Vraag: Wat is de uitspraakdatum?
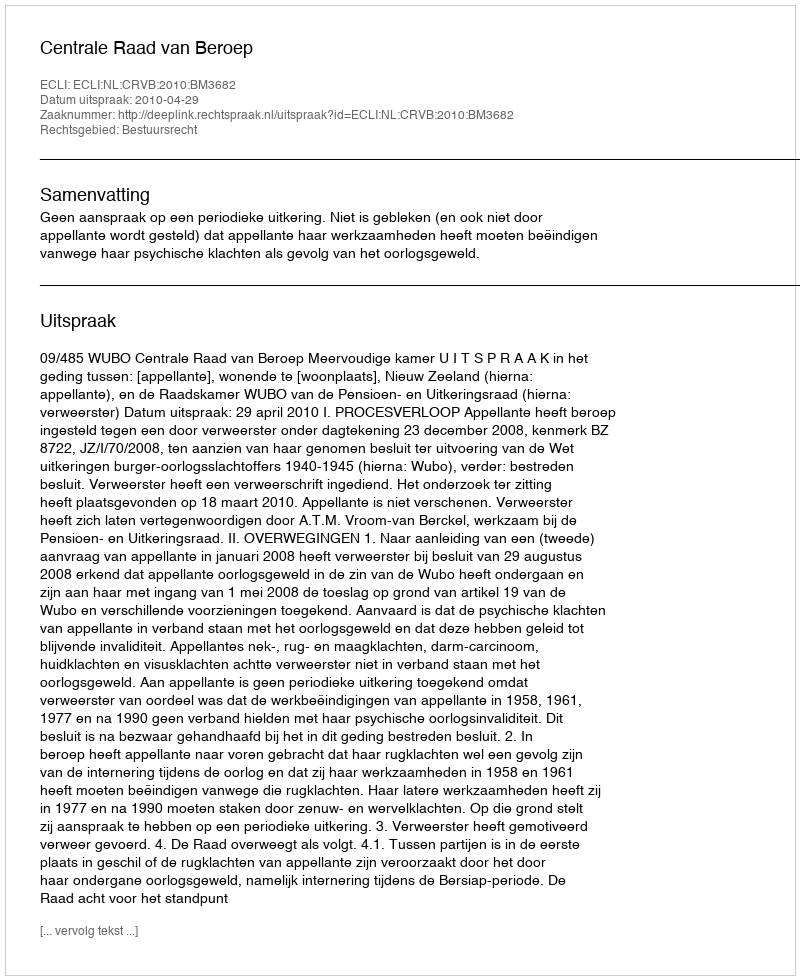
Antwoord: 2010-04-29